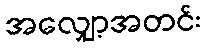
အလျှော့အတင်း